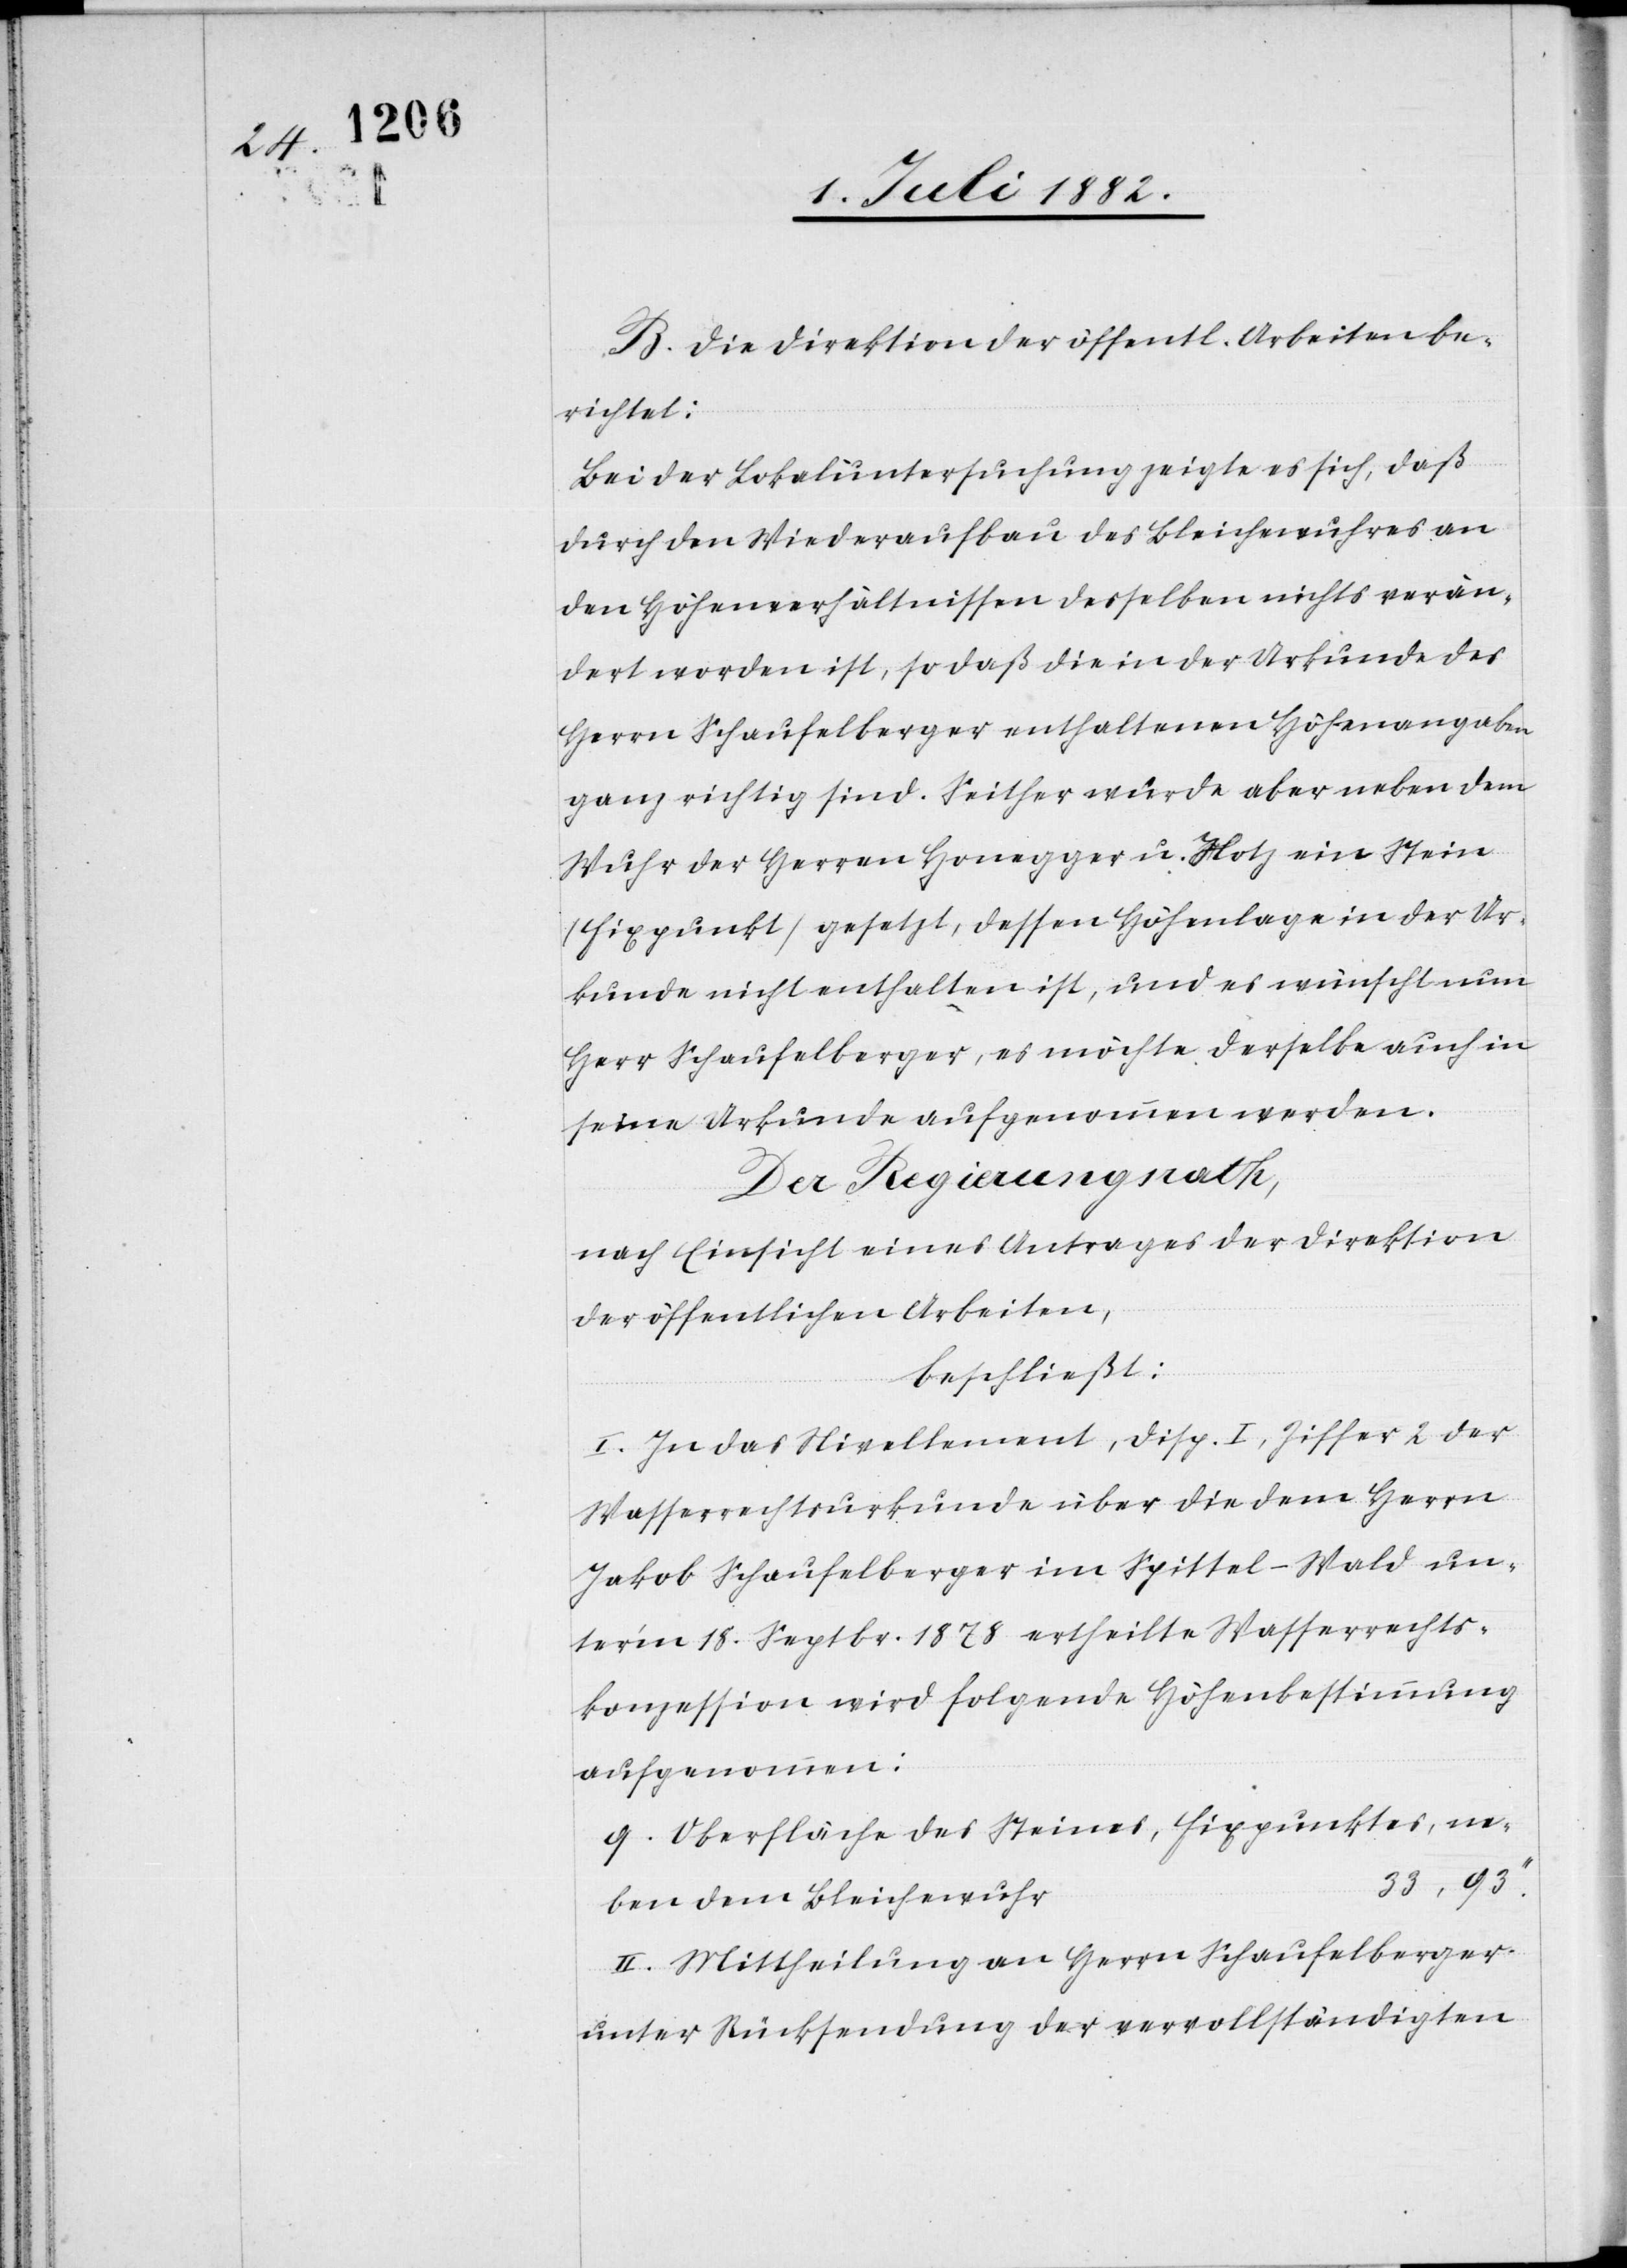
B. Die Direktion der öffentl. Arbeiten be¬
richtet:
Bei der Lokaluntersuchung zeigte es sich, daß
durch den Wiederaufbau des Bleichewuhres an
den Höhenverhältnissen desselben nichts verän¬
dert worden ist, so daß die in der Urkunde des
Herrn Schaufelberger enthaltenen Höhenangaben
ganz richtig sind. Seither wurde aber neben dem
Wuhr der Herren Honegger u. Hotz ein Stein
(Fixpunkt) gesetzt, dessen Höhenlage in der Ur¬
kunde nicht enthalten ist, und es wünscht nun
Herr Schaufelberger, es möchte derselbe auch in
seine Urkunde aufgenommen werden.
Der Regierungsrath,
nach Einsicht eines Antrages der Direktion
der öffentlichen Arbeiten,
beschließt:
I. In das Nivellement, Disp. I, Ziffer 2 der
Wasserrechtsurkunde über die dem Herrn
Jakob Schaufelberger im Spittel - Wald un¬
term 18. Septbr. 1878 ertheilte Wasserrechts¬
konzession wird folgende Höhenbestimmung
aufgenommen:
g. Oberfläche des Steines, Fixpunktes, ne¬
r	33,93‘‘
ben dem Bleichewuh¬
II. Mittheilung an Herrn Schaufelberger
unter Rücksendung der vervollständigten